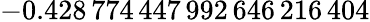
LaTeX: -0.428\, 774\, 447\, 992\, 646\, 216\, 404